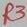
Text: R3